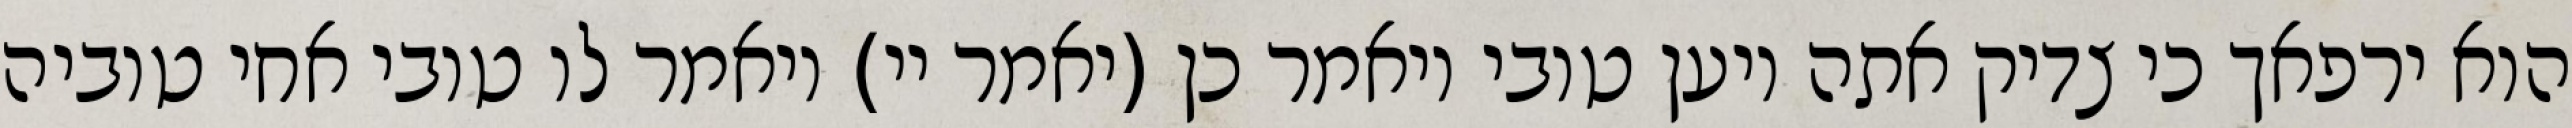
הוא ירפאך כי צדיק אתה ויען טובי ויאמר כן (יאמר יי) ויאמר לו טובי אחי טוביה